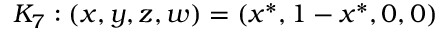
K _ { 7 } : ( x , y , z , w ) = ( x ^ { * } , 1 - x ^ { * } , 0 , 0 )